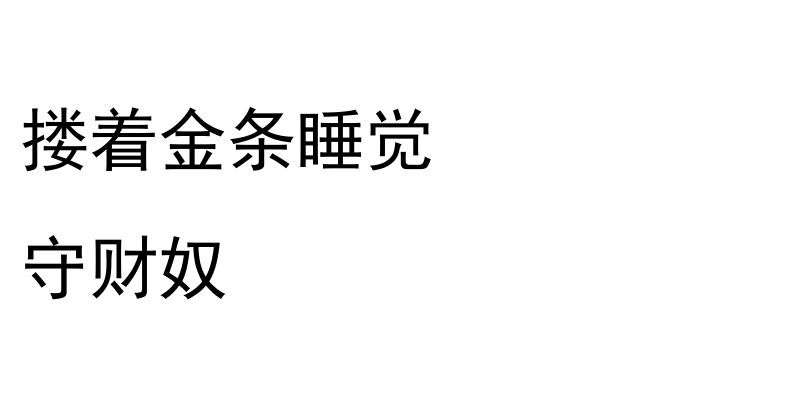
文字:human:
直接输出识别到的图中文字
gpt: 搂着金条睡觉 守财奴